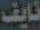
نايف